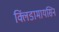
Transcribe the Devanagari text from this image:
क्लिंडामायसिन